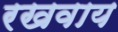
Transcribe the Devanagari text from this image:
रखवाय